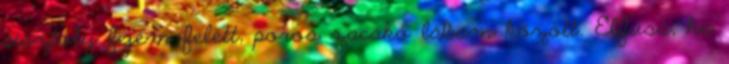
pisztoly fejem felett, poros zacskó lábam között. Elfuss, ha